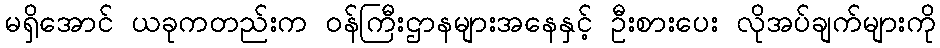
မရှိအောင် ယခုကတည်းက ဝန်ကြီးဌာနများအနေနှင့် ဦးစားပေး လိုအပ်ချက်များကို